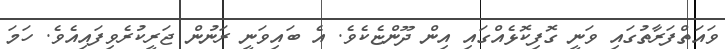
ވައަތްފަރާތުގައި ވަނީ ގޮފިކޮޅެއްގައި އިން ދޫންޏެކެވެ. އެ ބައިވަނީ ރަނުން ޖަރީކުރެވިފައިއެވެ. ހަމަ